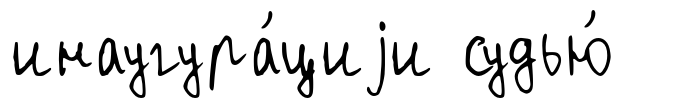
инаугура́циjи судью́